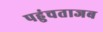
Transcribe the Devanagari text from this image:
पहुंचताजब